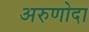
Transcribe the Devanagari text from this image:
अरुणोदा